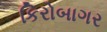
કિરોબાગર